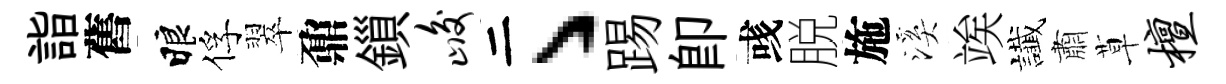
詣舊睱俘翠鼐鎻峻二丶踢即彧脱施溪竢䜟肅草檀